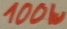
Text: 100W